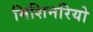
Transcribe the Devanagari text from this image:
मिशिनरियो